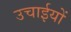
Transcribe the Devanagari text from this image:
उचाईयों